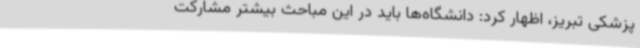
پزشکی تبریز، اظهار کرد: دانشگاه‌ها باید در این مباحث بیشتر مشارکت